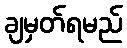
ချမှတ်ရမည်